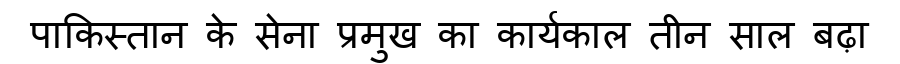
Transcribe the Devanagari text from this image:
पाकिस्तान के सेना प्रमुख का कार्यकाल तीन साल बढ़ा